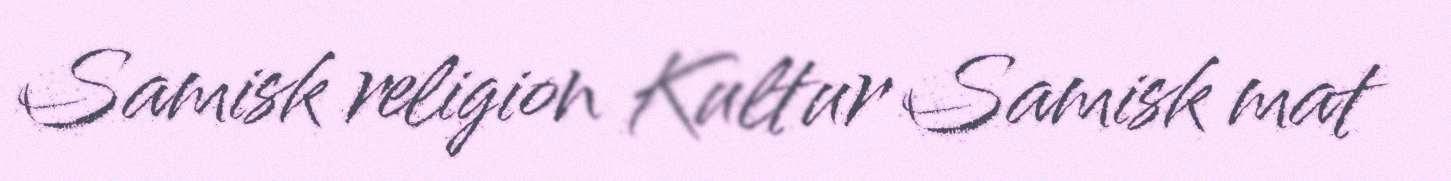
Samisk religion Kultur Samisk mat